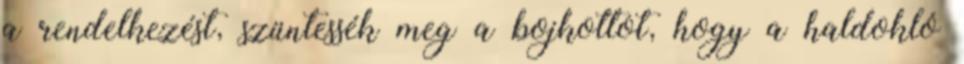
a rendelkezést, szüntessék meg a bojkottot, hogy a haldokló